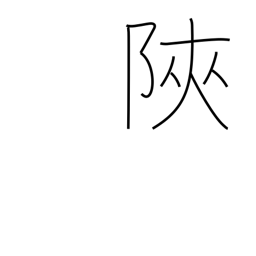
Meaning: narrow